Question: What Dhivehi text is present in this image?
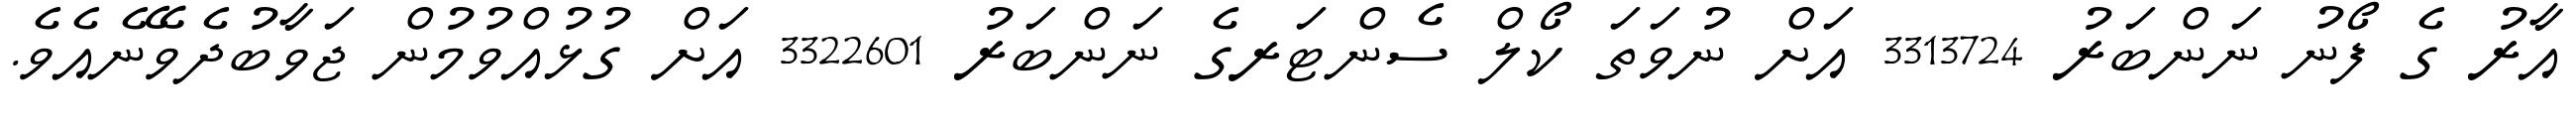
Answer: އާރު ގެ ފޯނު ނަންބަރު 3313724 އަށް ނުވަތަ ކޯލް ސެންޓަރގެ ނަންބަރު 3322601 އަށް ގުޅުއްވުމުން ޖަވާބުދެވޭނެއެވެ.